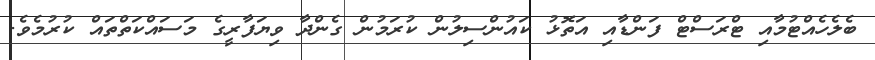
ބެލެހެއްޓުމާއި ޓްރަސްޓް ފަންޑާއި އަތޮޅު ކައުންސިލުން ކުރަމުން ގެންދާ ވިޔަފާރީގެ މަސައްކަތްތައް ކުރުމެވެ.